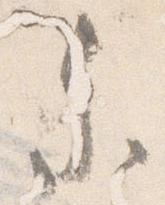
参